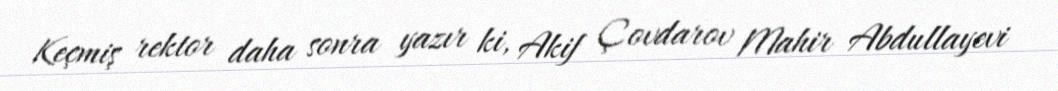
Keçmiş rektor daha sonra yazır ki, Akif Çovdarov Mahir Abdullayevi